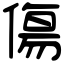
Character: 傷